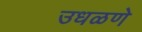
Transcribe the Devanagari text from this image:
उधळणे